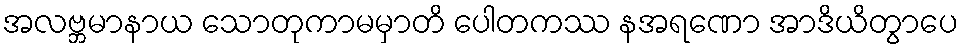
အလဗ္ဘမာနာယ သောတုကာမမှာတိ ပေါတကဿ နအရဏော အာဒိယိတွာပေ